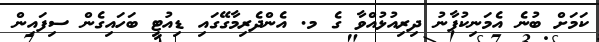
ކަމަށް ބުނެ އެމަނިކުފާނު ދިރިއުޅުއްވާ ގެ މ. އެންދެރިމާގޭގައި ޑިއުޓީ ބަހައިގެން ސިފައިން